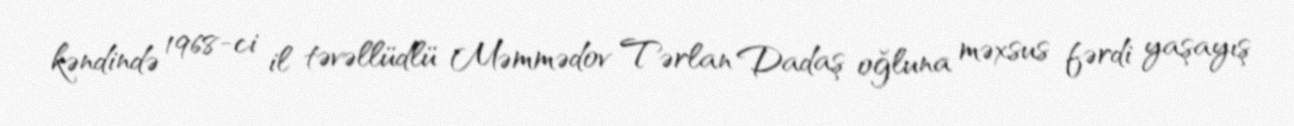
kəndində 1968-ci il təvəllüdlü Məmmədov Tərlan Dadaş oğluna məxsus fərdi yaşayış